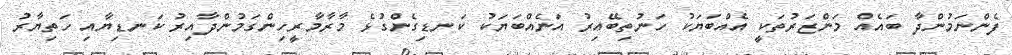
ފެންނަމުންދާ ބައެއް މަންޒަރުތަކީ އެއްބަޔަކު ހަނުތިބޭއިރު އަނެއްބަޔަކު ކަނޑިގެންގުޅެ މާރާމާރީހިންގަމުންދާއިރު ކަނޑިޔާއި ހަތިޔާރު